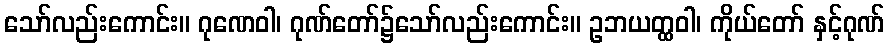
သော်လည်းကောင်း။ ဂုဏေဝါ၊ ဂုဏ်တော်၌သော်လည်းကောင်း။ ဥဘယတ္ထဝါ၊ ကိုယ်တော် နှင့်ဂုဏ်